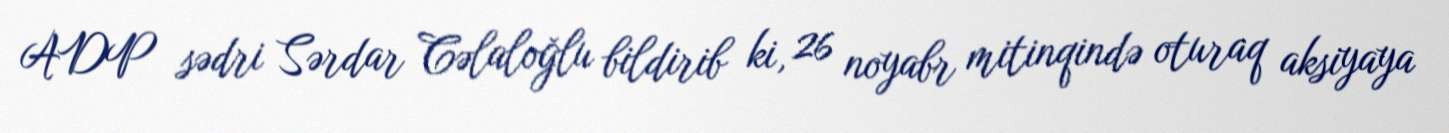
ADP sədri Sərdar Cəlaloğlu bildirib ki, 26 noyabr mitinqində oturaq aksiyaya